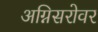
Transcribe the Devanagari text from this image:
अग्निसरोवर